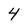
Character: 4